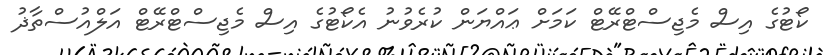
ކޯޓުގެ އިސް މެޖިސްޓްރޭޓް ކަމަށް ޢައްޔަން ކުރެވުނު އެކޯޓުގެ އިސް މެޖިސްޓްރޭޓް އަލްއުސްތާޛު